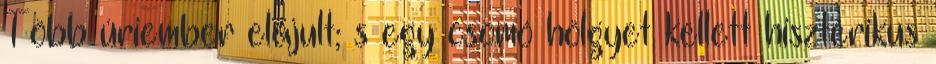
Több úriember elájult; s egy csomó hölgyet kellett hisztérikus